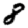
Digit: 8